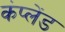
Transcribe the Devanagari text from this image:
कंप्लेंड